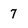
Character: 7